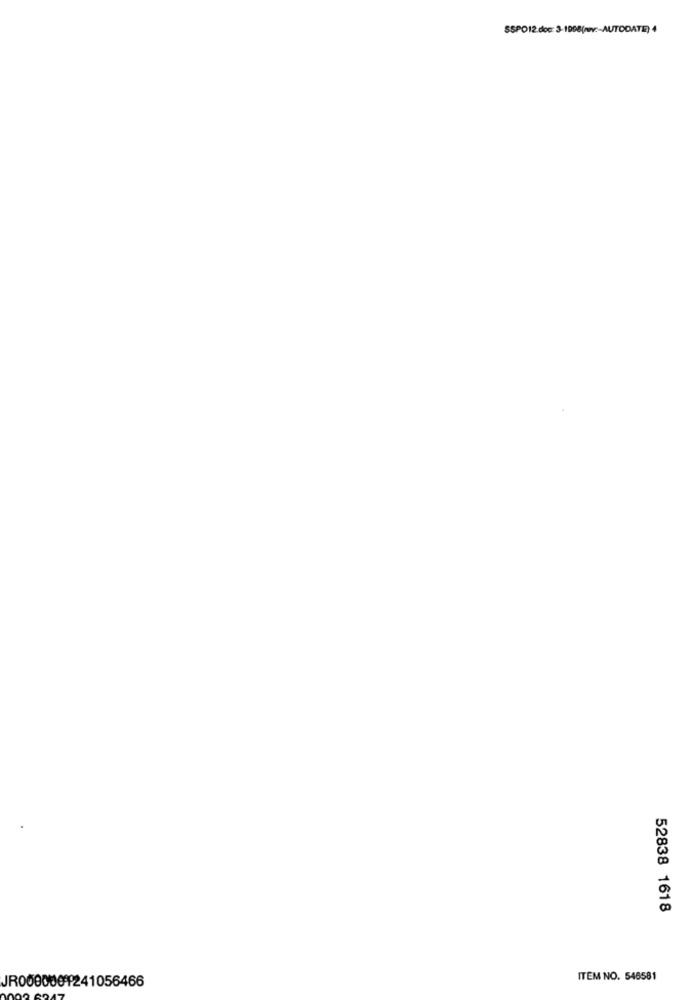
SSPO12.doc: 3-1998(mnv :- AUTODATE)4
52838 1618
ITEM NO. 546581
JR0000001241056466